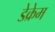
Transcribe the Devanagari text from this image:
डेक्रेम